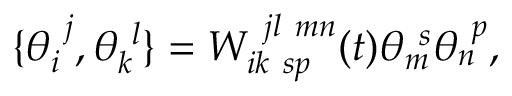
\{ \theta _ { i } ^ { ~ j } , \theta _ { k } ^ { ~ l } \} = W _ { i k ~ s p } ^ { ~ j l ~ m n } ( t ) \theta _ { m } ^ { ~ s } \theta _ { n } ^ { ~ p } ,